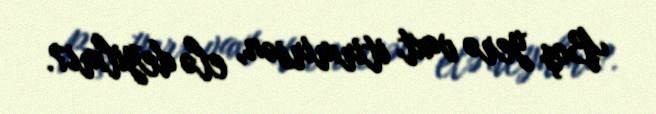
Boş yerə vaxt itirmirsən, elə deyilmi?.